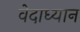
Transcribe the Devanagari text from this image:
वेदाध्यान